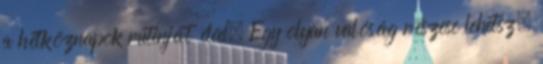
a hétköznapok rutinját éled. Egy olyan valóság részese lehetsz,